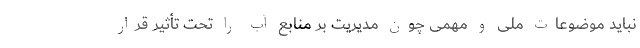
نباید موضوعات ملی و مهمی چون مدیریت بر منابع آب را تحت تأثیر قرار